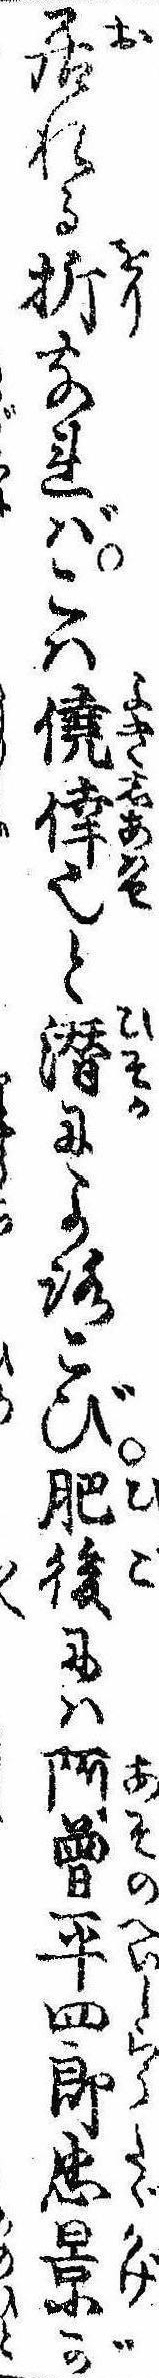
居れる折なればこは僥倖也と潜によろこび肥後には阿曽平四郎忠景が